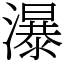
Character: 瀑